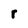
Character: r